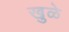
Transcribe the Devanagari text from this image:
खुळे